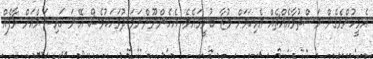
އެމީހުންވެގެން މަސްތުވާއެއްޗެއް އެޅިކަމަށް މުޒާ ބުނީމައެވެ. އެހެންނޫންނަމަ ދުވަހަކުވެސް އޭނަ ހައިޝަމްއަށް މާފެއް